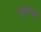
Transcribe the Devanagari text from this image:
पुरस्कारार्थी